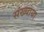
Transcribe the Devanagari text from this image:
संख्याया